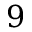
9